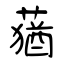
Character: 蕕